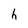
Character: h